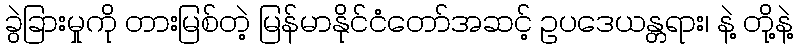
ခွဲခြားမှုကို တားမြစ်တဲ့ မြန်မာနိုင်ငံတော်အဆင့် ဥပဒေယန္တရား၊ နဲ့ တို့နဲ့